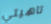
تاهيتي